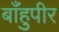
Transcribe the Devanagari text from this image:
बाँहुपीर